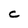
Character: c